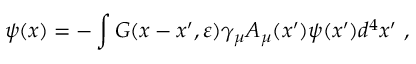
\psi ( x ) = - \int G ( x - x ^ { \prime } , \varepsilon ) \gamma _ { \mu } A _ { \mu } ( x ^ { \prime } ) \psi ( x ^ { \prime } ) d ^ { 4 } x ^ { \prime } ~ ,